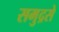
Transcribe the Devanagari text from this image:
समुद्रसे